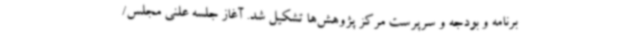
برنامه و بودجه و سرپرست مرکز پژوهش‌ها تشکیل شد. آغاز جلسه علنی مجلس/